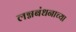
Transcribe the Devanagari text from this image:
लग्नबंधनाच्या